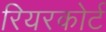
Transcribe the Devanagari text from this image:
रियरकोर्ट